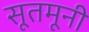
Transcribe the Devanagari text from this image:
सूतमूनी